Vaccination in Bombay 1874-1876 - 1874-1876
Year: 1874
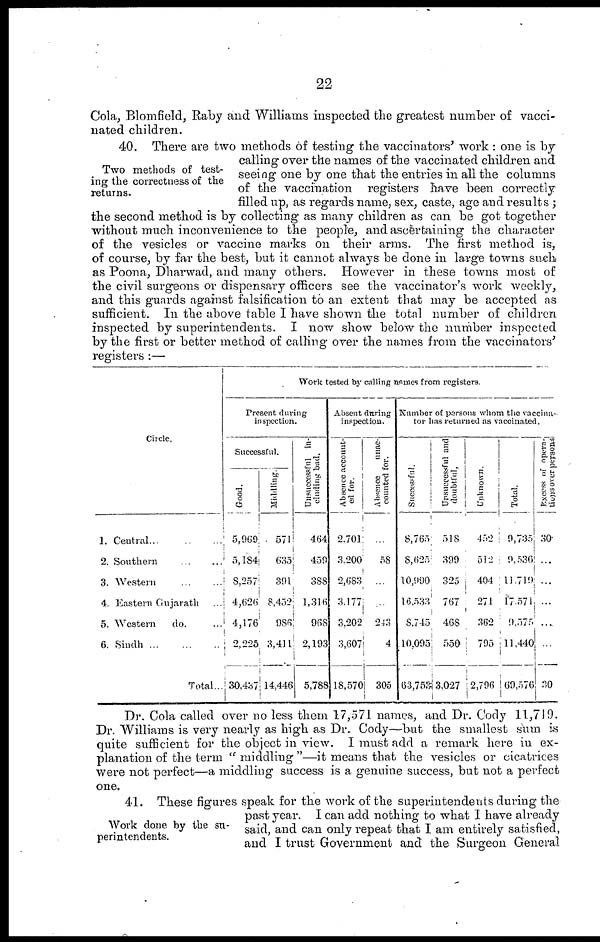
22
Cola, Blomfield, Raby and Williams inspected the greatest number of vacci-
nated children.
Two methods of test-
ing the correctness of the
returns.
40. There are two methods of testing the vaccinators' work : one is by
calling over the names of the vaccinated children and
seeing one by one that the entries in all the columns
of the vaccination registers have been correctly
filled up, as regards name, sex, caste, age and results ;
the second method is by collecting as many children as can be got together
without much inconvenience to the people, and ascertaining the character
of the vesicles or vaccine marks on their arms. The first method is,
of course, by far the best, but it cannot always be done in large towns such
as Poona, Dharwad, and many others. However in these towns most of
the civil surgeons or dispensary officers see the vaccinator's work weekly,
and this guards against falsification to an extent that may be accepted as
sufficient. In the above table I have shown the total number of children
inspected by superintendents. I now show below the number inspected
by the first or better method of calling over the names from the vaccinators'
registers :—
Circle.
1. Central ... ... ...
2. Southern
...
...
3. Western
...
...
4. Eastern Gujarath ...
5. Western
do. ...
6. Sindh
...
...
...
Total...
Work tested by calling names from registers.
Present during
inspection.
Successful.
Good.
5,969
5,184
8,257
4,626
4,176
2,225
30,437
Middling.
571
635
391
8,452
986
3,411
14,446
Unsuccessful in-
cluding bad.
464
459
388
1,316
968
2,193
5,788
Absent during
inspection.
Absence account-
ed for.
2,701
3,200
2,683
3,177
3,202
3,607
18,570
Absence
unac-
counted for.
...
58
...
...
243
4
305
Number of parsons whom the vaccina-
tor has returned as vaccinated.
Successful.
8,765
8,625
10,990
16,533
8,745
10,095
63,753
Unsuccessful and
doubtful.
518
399
325
767
468
550
3,027
Unknown.
452
512
404
271
362
795
2,796
Total.
9,735
9,536
11,719
17,571
9,575
11,440
69,576
Excess of opera-
tions over persons
30
...
...
...
...
...
30
Dr. Cola called over no less them 17,571 names, and Dr. Cody 11,719.
Dr. Williams is very nearly as high as Dr. Cody—but the smallest sum is
quite sufficient for the object in view. I must add a remark here in ex-
planation of the term " middling "—it means that the vesicles or cicatrices
were not perfect—a middling success is a genuine success, but not a perfect
one.
Work done by the su-
perintendents.
41. These figures speak for the work of the superintendents during the
past year. I can add nothing to what I have already
said, and can only repeat that I am entirely satisfied,
and I trust Government and the Surgeon General